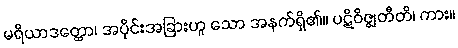
မရိယာဒတ္ထော၊ အပိုင်းအခြားဟူ သော အနက်ရှိ၏။ ပဋိဝိဇ္ဈတီတိ၊ ကား။